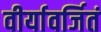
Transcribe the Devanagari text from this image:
वीर्यावर्जितं